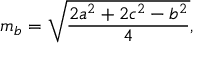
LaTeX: m _ { b } = { \sqrt { \frac { 2 a ^ { 2 } + 2 c ^ { 2 } - b ^ { 2 } } { 4 } } } ,